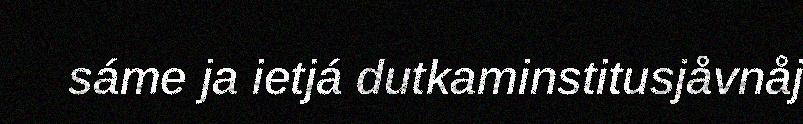
sáme ja ietjá dutkaminstitusjåvnåj